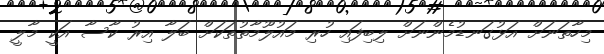
މިހާތަނަށް އަޅުގަނޑުމެންނަށް ލިބިފައި ހުރި މައުލޫމާތުތަކަށް ބަލާ އިރު ކާސާ އަކީ މާލީ